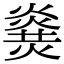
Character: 𤎫